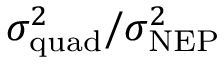
\sigma _ { \mathrm { q u a d } } ^ { 2 } / \sigma _ { \mathrm { N E P } } ^ { 2 }